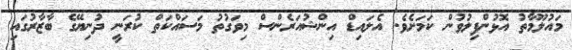
މައުލޫމާތު އޮޅުންފިލުވުން ކަމަށެވެ. އެލައިޑް އިންޝުއަރެންސް މިވަގުތު މަސައްކަތް ކުރަނީ ދުނިޔޭގެ ބާޒާރުގައި